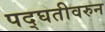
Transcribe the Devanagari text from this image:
पद्घतीवरुन